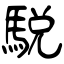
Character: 駾